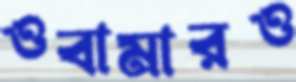
ওবামারও